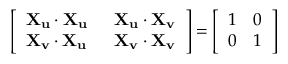
{ \left[ \begin{array} { l l } { \mathbf { X _ { u } } \cdot \mathbf { X _ { u } } } & { \; \; \mathbf { X _ { u } } \cdot \mathbf { X _ { v } } } \\ { \mathbf { X _ { v } } \cdot \mathbf { X _ { u } } } & { \; \; \mathbf { X _ { v } } \cdot \mathbf { X _ { v } } } \end{array} \right] } = { \left[ \begin{array} { l l } { 1 } & { 0 } \\ { 0 } & { 1 } \end{array} \right] }